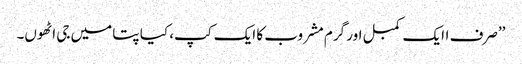
’’صرف اایک کمبل اور گرم مشروب کا ایک کپ، کیا پتا میں جی اٹھوں۔